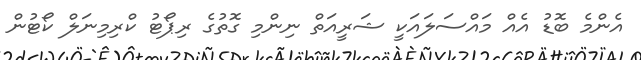
އެންމެ ބޮޑު އެއް މައްސަލައަކީ ޝަރީއަތް ނިންމި ގޮތުގެ ރިޕޯޓު ކްރިމިނަލް ކޯޓުން